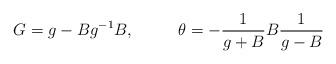
LaTeX: \begin{align*}G=g-Bg^{-1}B,\,~~~~~~~ \, \theta =-\frac{1}{g+B}B\frac{1}{g-B}\end{align*}